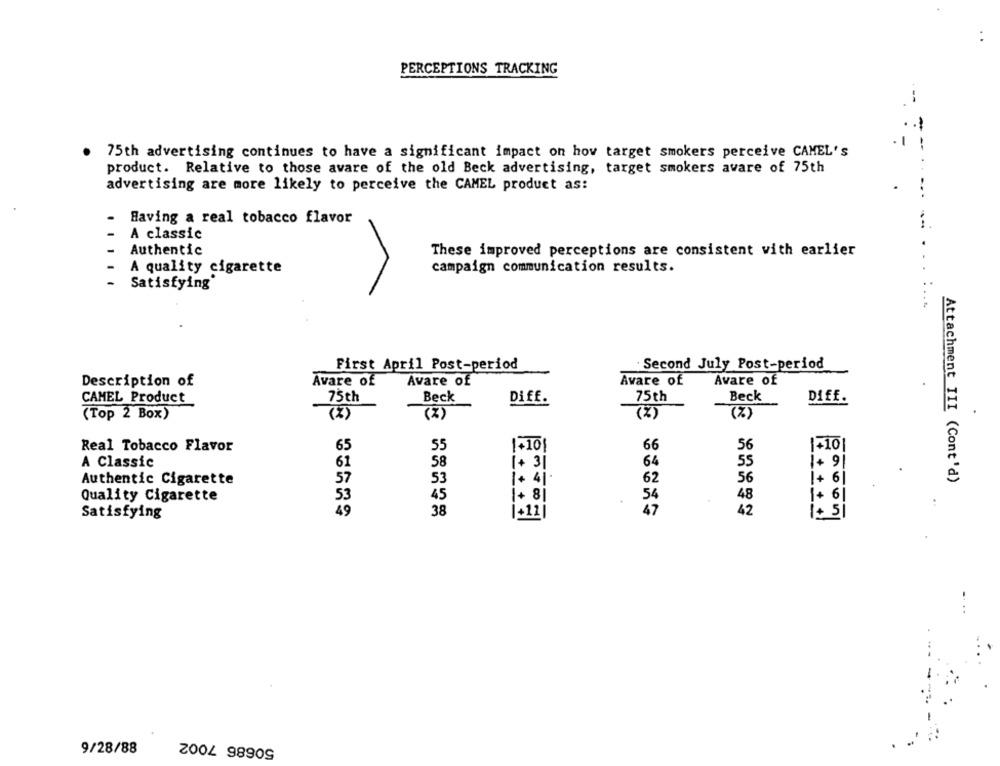
PERCEPTIONS TRACKING
--
75th advertising continues to have a significant impact on hov target smokers perceive CAMEL's
--
product. Relative to those avare of the old Beck advertising, target smokers avare of 75th
advertising are more likely to perceive the CAMEL product as:
Having a real tobacco flavor
.....--
A classic
Authentic
These improved perceptions are consistent with earlier
A quality cigarette
campaign communication results.
-
Satisfying'
First April Post-period
Second July Post-period
Description of
Avare of
Avare of
Avare of
Avare of
75th
Beck
75th
Beck
Diff.
CAMEL Product
Diff.
(%)
(%)
(Top 2 Box)
(*)
(%)
66
56
1+101
Real Tobacco Flavor
65
55
A Classic
61
58
+ 3
64
55
1+ 9
Authentic Cigarette
57
53
1+ 41.
62
56
1+ 61
Attachment III (Cont'd)
Quality Cigarette
53
45
1+ 8
54
48
1+ 6
49
38
1+12
47
42
1+ 5
Satisfying
9/28/88
ZOOL 98909